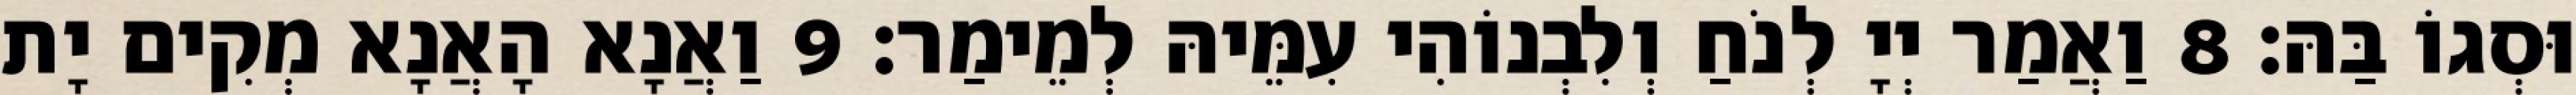
וּסְגוֹ בַּהּ׃ 8 וַאֲמַר יְיָ לְנֹחַ וְלִבְנוֹהִי עִמֵּיהּ לְמֵימַר׃ 9 וַאֲנָא הָאֲנָא מְקִים יָת